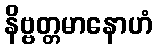
နိဗ္ဗတ္တမာနောဟံ